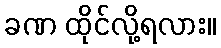
ခဏ ထိုင်လို့ရလား။